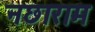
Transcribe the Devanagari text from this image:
नछाराम